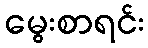
မွေးစာရင်း